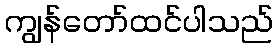
ကျွန်တော်ထင်ပါသည်